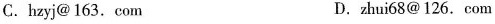
C.hzyj@163.com D.zhui68@126.com